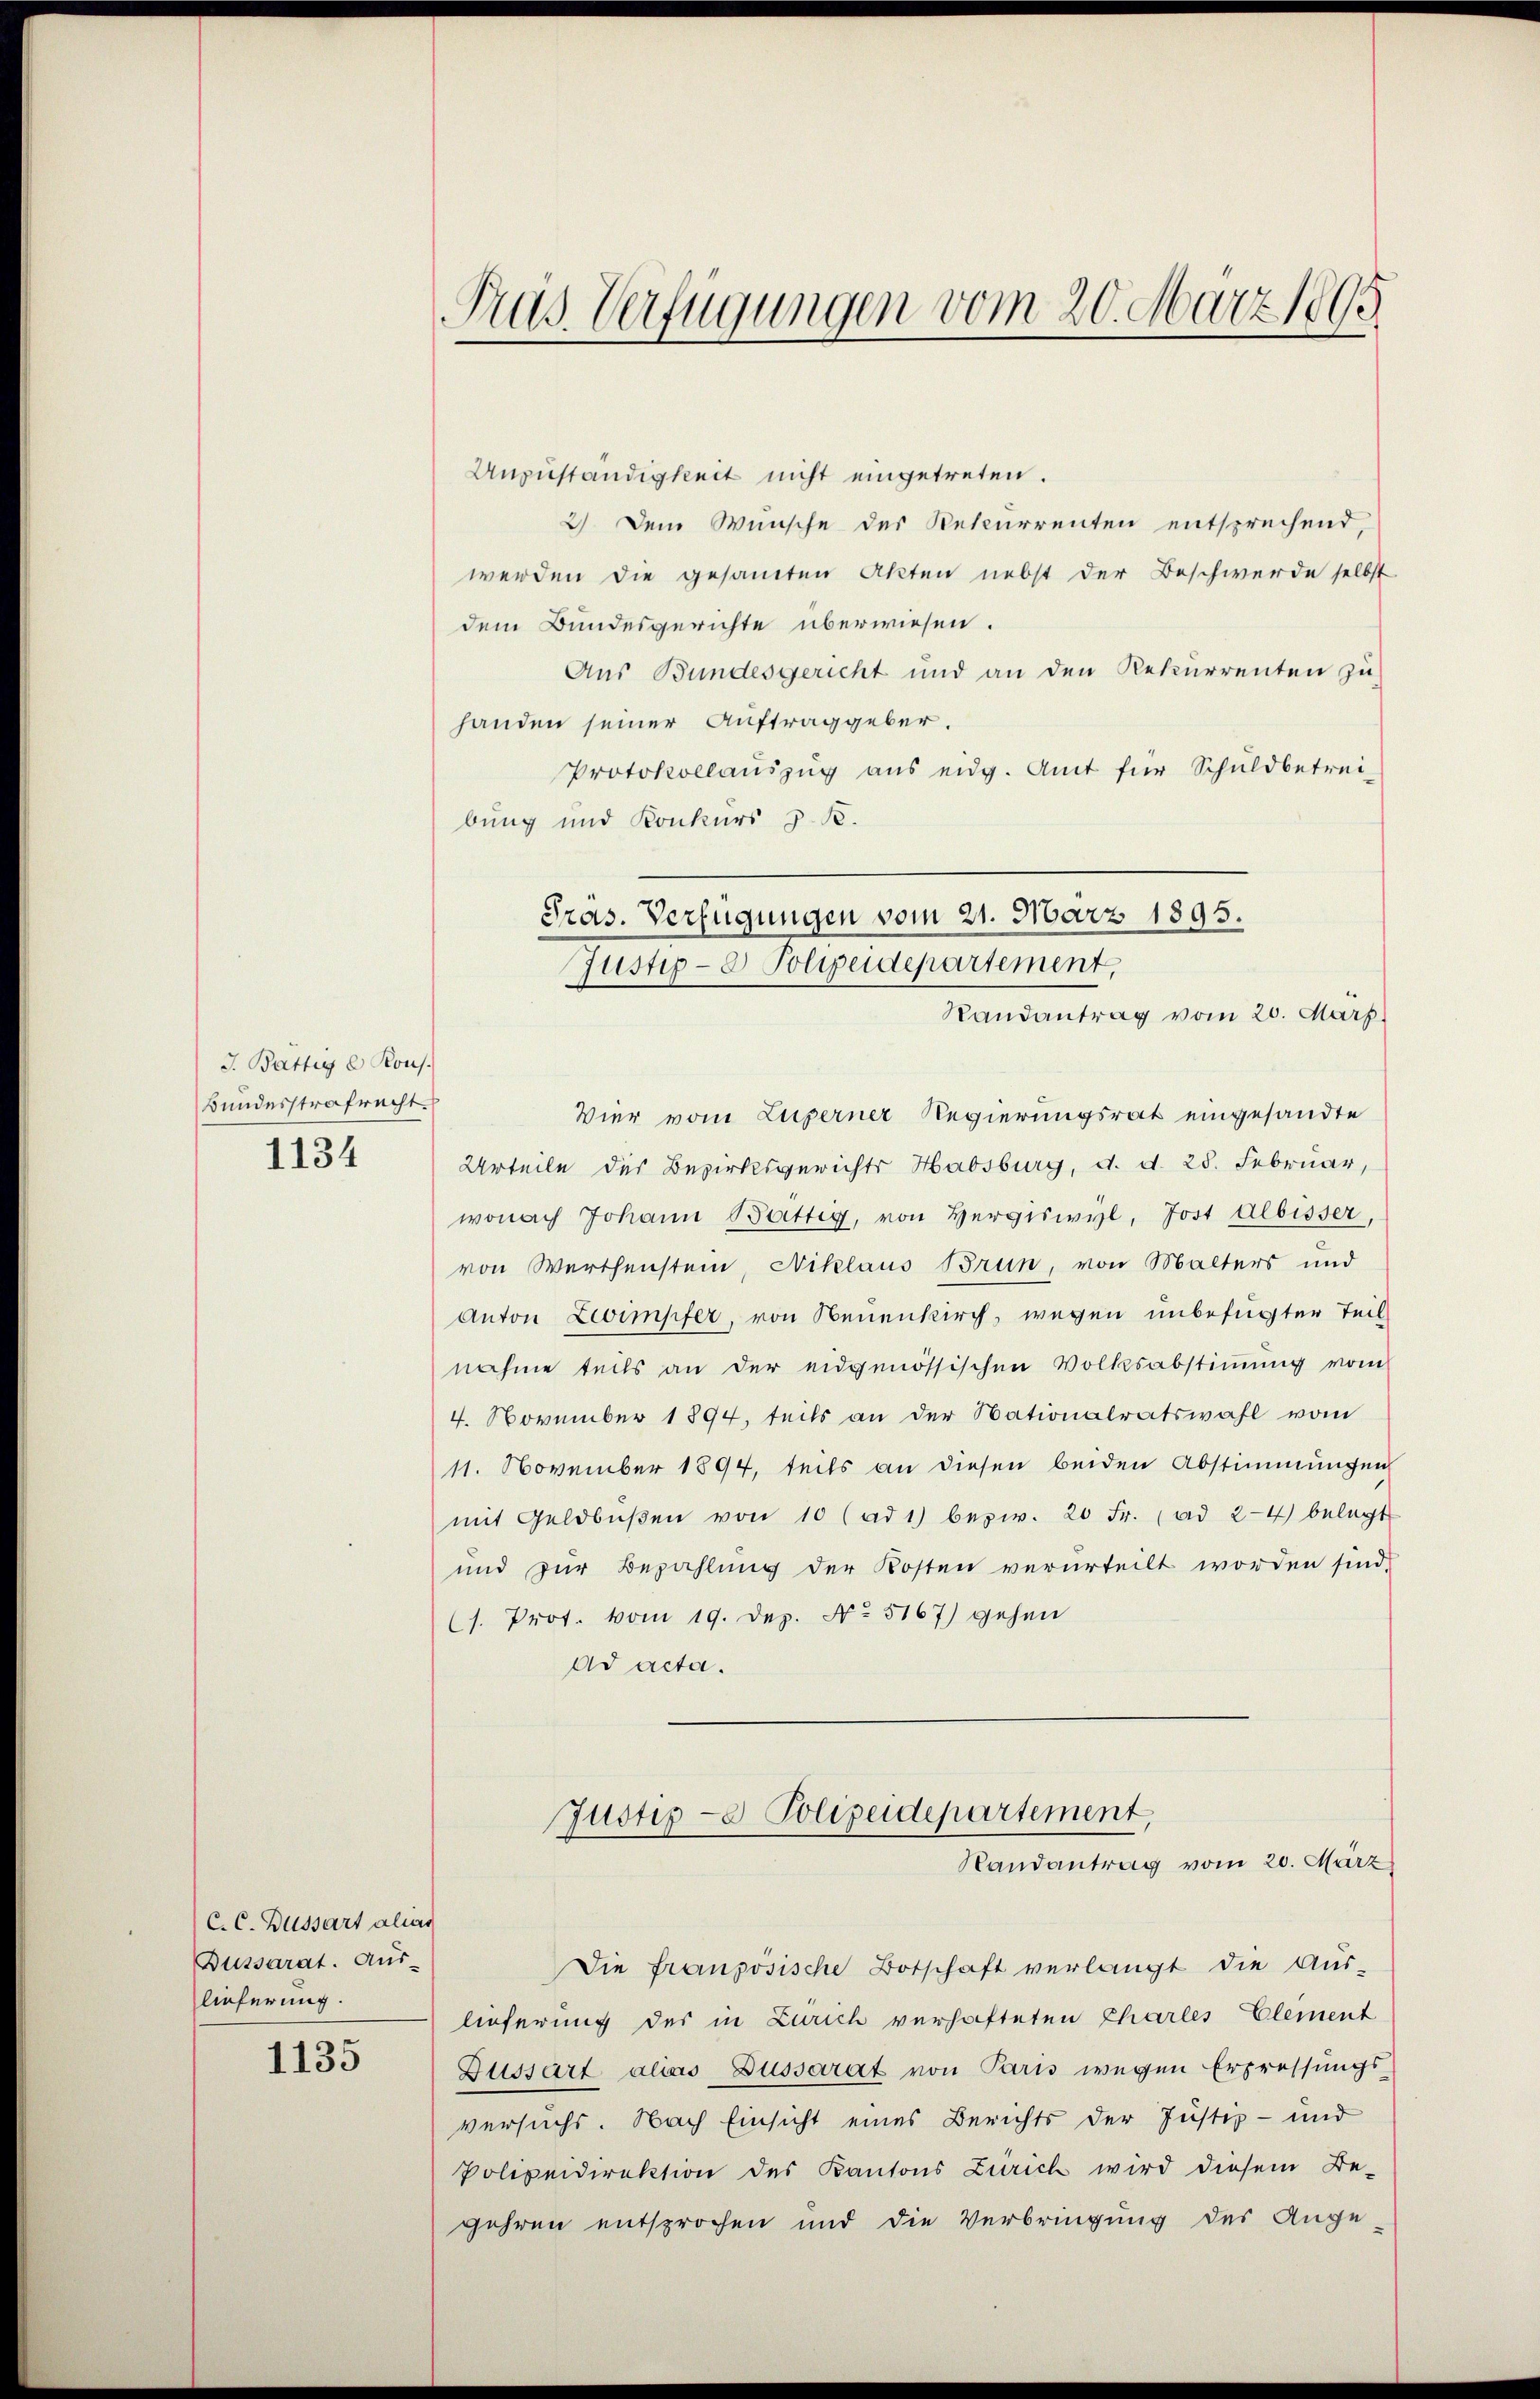
J. Battig & Kons.
Bundesstrafrecht
1134

C. C. Bussart alias
Dussarat. Aus-
lieferung.

1135

Pras Verfügungen vom 20. März 1895.

Anzuständigkeit nicht eingetreten.
2) Dem Wunsche des Rekurrenten entsprechend,
werden die gesamten Akten nebst der Beschwerde selbst
dem Bundesgerichte überwiesen.
Aus Bundesgericht und an den Rekurrenten zu
handen seiner Auftraggeber.
Protokollaŭszŭg ans eidg. Amt für Schuldbetrei-
bung und Konkurs z. B.
Vier vom Zugerner Regierungsrat eingesandte
Urteile des Bezirksgerichts Habsburg, d. d. 28. Februar,
wonach Johann Bättig, von Hergiswyl, Jost Albisser,
von Werthenstein, Niklaus Brun, von Malters und
Anton Zeimpfer, von Neuenkirch, wegen unbefugter Teil
nahme teils an der eidgenössischen Volksabstimmung vom
4. November 1894, teils an der Nationalratswahl vom
11. November 1894, teils an diesen beiden Abstimmungen
mit Geldbŭβen von 10 (ad1) bezw. 20 Fr. ad 2-4) belegt
und zur Bezahlung der Kosten verurteilt worden sind,
s. Prof. vom 19. Dez. No 5167) gehen
ad acta.

Die französische Botschaft verlangt die Aus-
lieferung des in Zürich verhafteten Charles Element
Dussart alias Dussarat von Paris wegen Erpressungs
versuchs. Nach Einsicht eines Berichts der Justiz- und
Polizeidirektion des Kantons Zürich wird diesem Be-
gehren entsprochen und die Verbringung des Ange-

Pras. Verfügungen vom 21. März 1895.
Justiz- & Polizeidepartement,
Randantrag vom 20. März

Justiz- & Polizeidepartement,
Randantrag vom 20. März